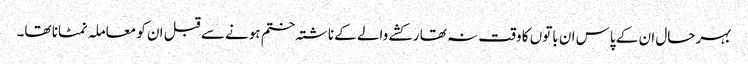
بہرحال ان کے پاس ان باتوں کا وقت نہ تھا رکشے والے کے ناشتہ ختم ہونے سے قبل ان کو معاملہ نمٹانا تھا۔